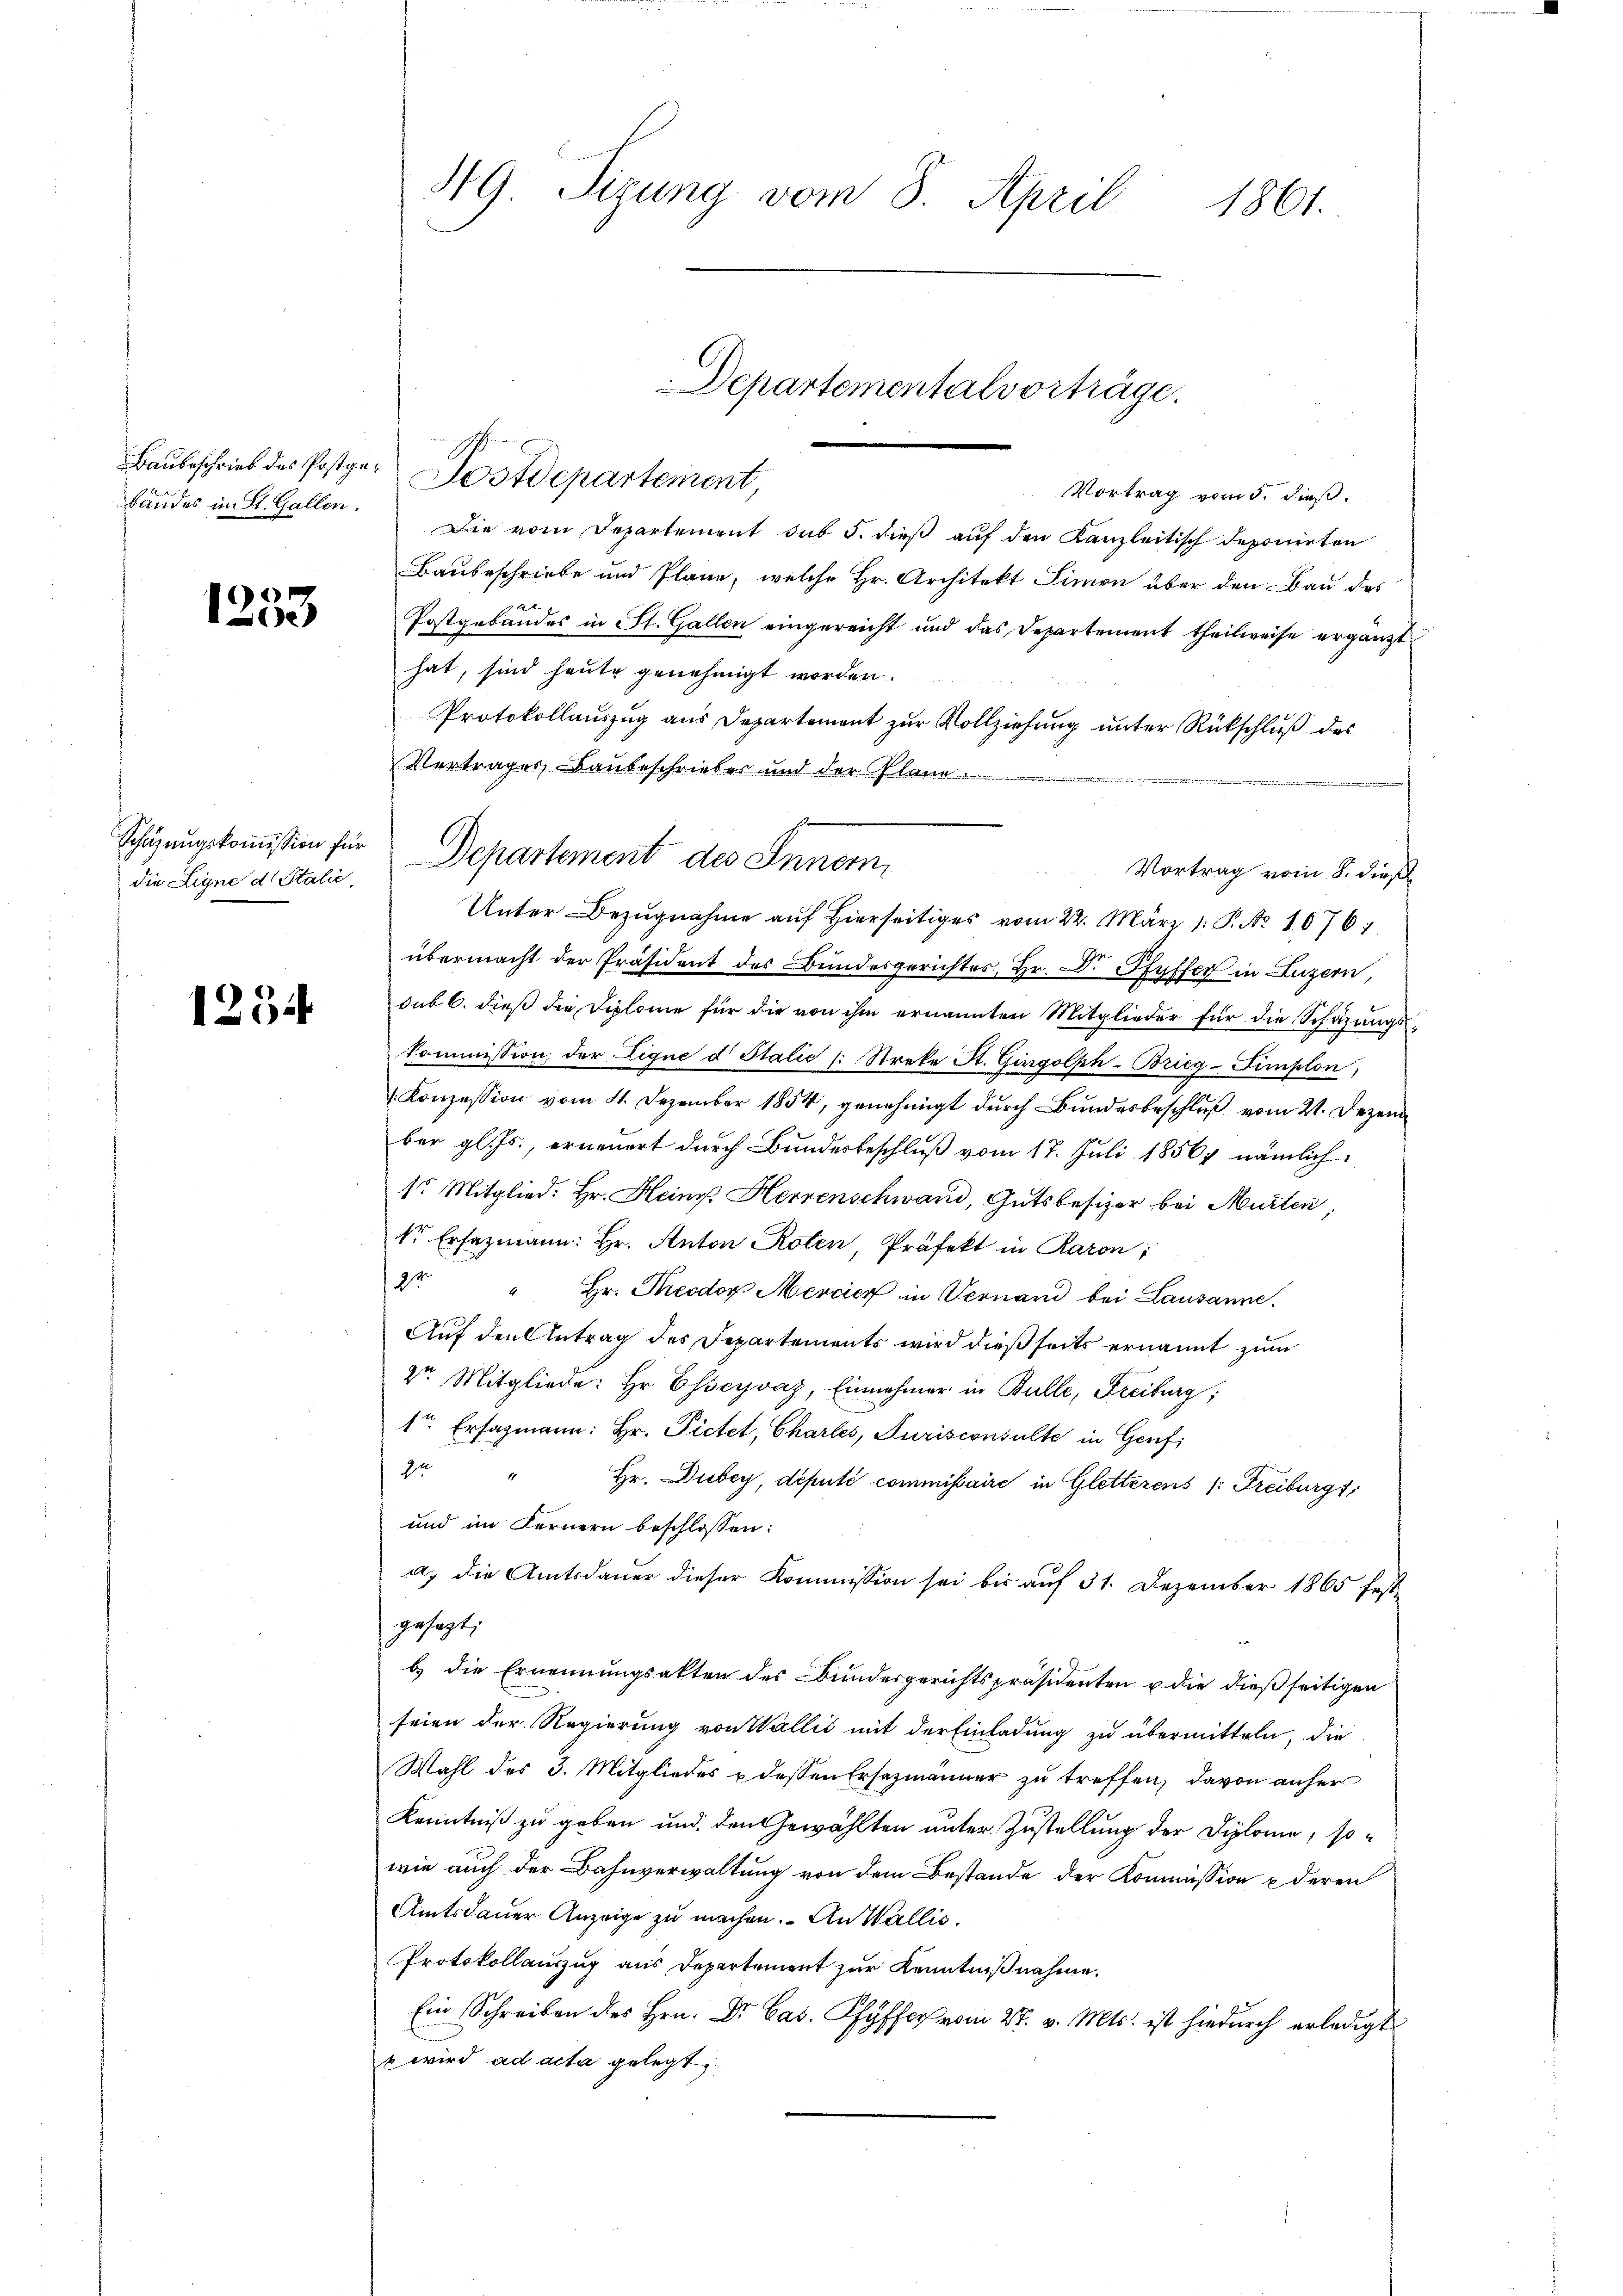
1253

die Ligne d. Stalić,

1234

Baubeschrieb des Postge-Postdepartement,
Vortrag vom 5. dieß.
bäudes in St. Gallen. Die vom Departement sub 5. dieß auf den Kanzleitisch deponirten
Baubeschriebe und Plane, welche Hr. Architekt Simon über den Bau des
Postgebäudes in St. Gallen eingereicht und das Departement theilweise ergänzt
hat, sind heute genehmigt worden.
Protokollauszug aus Departement zur Vollziehung unter Rückschluß des
Vertrages Baubeschrieber und der Plane.

Vortrag vom 8. dieß
Unter Bezugnahme auf hierseitiges vom 22. März 1. P. Nr. 10761
übermacht der Präsident des Bundesgerichtes, Hr. Dr. Pfyffer in Luzern,
sub 6. dieß die Diplome für die von ihm ernannten Mitglieder für die Schazungskommission der Lique d Italie (: Streke A. Gingolph-Brieg-Simplon,
(Konzession vom 21. Dezember 1854, genehmigt durch Bundesbeschluß vom 21. Dezem
ber gl. Js., erneuert durch Bundesbeschluß vom 17. Juli 18567 nämlich
1r Mitglied: Hr. Heinr. Herrenschwand, Gutsbesizer bei Murten,
Sr. Ersazmann: hr. Anton Roten, Präfekt in Raron
2t " hr. Theodor Mercier in Vernand bei Lausanne.
Auf den Antrag des Departements wird dießseits ernannt zum
Dr. Mitgliede: Hr. Esseyvaz, Einnehmer in Bulle, Freiburg;
1ten Ersatzmann: Hr. Pictet, Charles, Jurisconsulte in Genf,
2r " Hr. Dubey, deputé commissaire in Gletterens (: Freiburgt
und im Fernern beschlossen:
a. die Amtsdauer dieser Kommission sei bis auf 31. Dezember 1865 festgesagt:
b.) die Ernennungsakten des Bundergerichtspräsidenten u die dießseitigen
seien der Regierung von Wallić mit der Einladung zu übermitteln, die
Wahl des 3. Mitgliedes & dessen Ersatzmänner zu treffen, davon anher
Kenntniß zu geben und den Gewählten unter Zustellung der Diplome, sowie auch der Bahnverwaltung von dem Bestande der Kommission deren
Amtsdauer Anzeige zu machen. An Wallis.
Protokollauszug aus Departement zur Kenntnißnahme.
Ein Schreiben des Hrn. Dr. Cas. Pfyffer vom 27. v. Mts. ist hiedurch erledigt
s wird ad acta gelegt,

49. Sizung vom 8. April
1861.

Schäzŭngskoṁission für Departement des Inner,

Departementalvorträge.